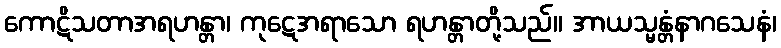
ကောဋိသတာအရဟန္တာ၊ ကုဋေအရာသော ရဟန္တာတို့သည်။ အာယသ္မန္တံနာဂသေနံ၊